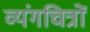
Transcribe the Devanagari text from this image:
व्यंगचित्रों